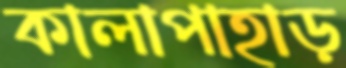
কালাপাহাড়